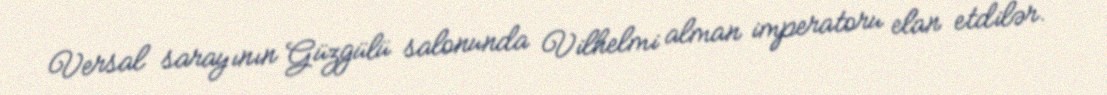
Versal sarayının Güzgülü salonunda Vilhelmi alman imperatoru elan etdilər.